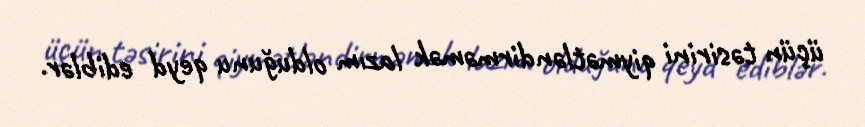
üçün təsirini qiymətləndirməmək lazım olduğunu qeyd ediblər.